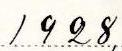
1928